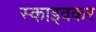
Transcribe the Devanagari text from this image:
स्काइवकर